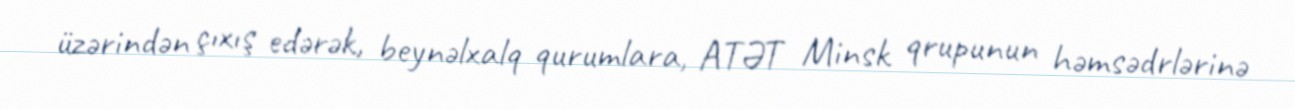
üzərindən çıxış edərək, beynəlxalq qurumlara, ATƏT Minsk qrupunun həmsədrlərinə